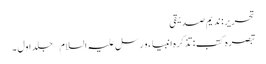
تحریر : ندیم صدیقی
تبصرہ کتب : تذکرہ انبیاء و رسل علیہ السلام – جلد اول ۔